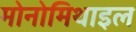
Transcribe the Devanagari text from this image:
मोनोमिथाइल